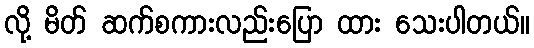
လို့ မိတ် ဆက်စကားလည်းပြော ထား သေးပါတယ်။